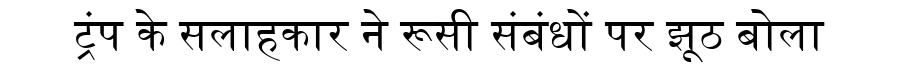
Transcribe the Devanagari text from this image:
ट्रंप के सलाहकार ने रूसी संबंधों पर झूठ बोला